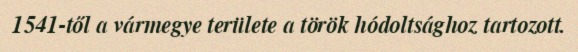
1541-től a vármegye területe a török hódoltsághoz tartozott.